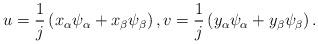
LaTeX: \begin{align*}u = \frac{1}{j}\left(x_\alpha\psi_\alpha + x_\beta \psi_\beta\right),v = \frac{1}{j}\left(y_\alpha\psi_\alpha + y_\beta \psi_\beta\right).\end{align*}